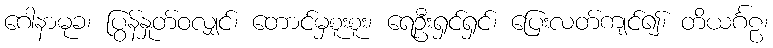
ဂေါနာမုခ၊ ပြွန်နှုတ်ဝလျှင်၊ တောင်မှစူးစူး၊ ရေဦးရှင်ရှင်၊ ပြေးလတ်ကျင်၍၊ တိယင်္ဂဠ၊